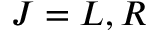
J = L , R